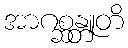
အာဂစ္ဆန္တူတိ